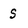
Character: S